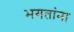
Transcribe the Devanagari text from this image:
भगतांना